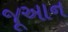
જૂઆન